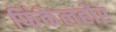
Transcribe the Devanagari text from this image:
फिंकेलहोर